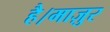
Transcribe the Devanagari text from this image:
है।माज़ुर